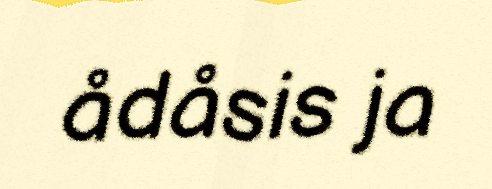
ådåsis ja